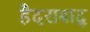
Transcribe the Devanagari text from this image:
हैदराबाद्